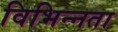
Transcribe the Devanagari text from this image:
विभिन्‍नता